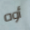
أوه